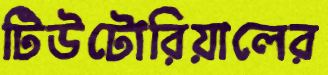
টিউটোরিয়ালের